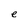
Character: e